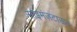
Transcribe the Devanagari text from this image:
साइमंज़टाऊन